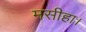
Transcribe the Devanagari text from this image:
मसीहा।